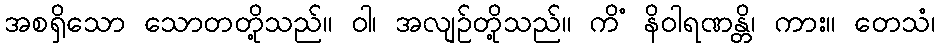
အစရှိသော သောတတို့သည်။ ဝါ၊ အလျဉ်တို့သည်။ ကိံ နိဝါရဏန္တိ၊ ကား။ တေသံ၊